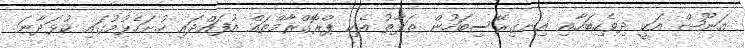
އަނޫޝް އަކީ ދިވެހިބަހާއި އިނގިރޭސިބަހުން ތަފާތު އެކި ޕްރޮގްރާމްތައް އުފައްދައި ހުށަހެޅުމުގައި ކުޅަދާނަ